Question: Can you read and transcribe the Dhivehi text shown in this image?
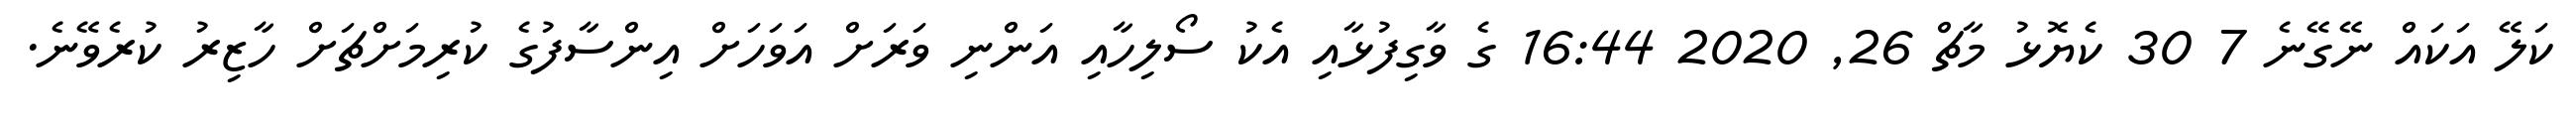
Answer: ކަލޭ އަކައް ނޭގޭނެ 7 30 ކެޔޮޅު މާޗް 26, 2020 16:44 ގެ ވާގިފުޅާއި އެކު ސޯލިހާއި އަންނި ވަރަށް އަވަހަށް އިންސާފުގެ ކުރިމަށްޗަށް ހާޒިރު ކުރެވޭނެ.